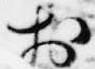
於